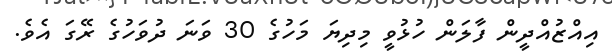
އިއްޒުއްދީން ފާލަން ހުޅުވީ މިދިޔަ މަހުގެ 30 ވަނަ ދުވަހުގެ ރޭގަ އެވެ.